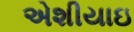
એશીયાઇ